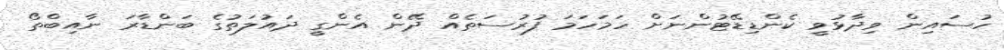
ހުސައިން ވިދާޅުވީ ކެންޑިޑޭޓުންނަށް ހަމަހަމަ ފުރުސަތެއް ދޭން އެންގީ ދައުލަތުގެ ބަންޑާރަ ނާއިބްތޯ